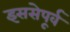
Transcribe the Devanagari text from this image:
इससेपूर्व